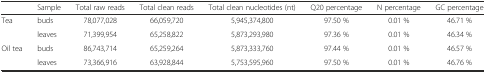
|  | Sample | Total raw reads | Total clean reads | Total clean nucleotides (nt) | Q20 percentage | N percentage | GC percentage |
 | --- | --- | --- | --- | --- | --- | --- | --- |
 | <ROWSPAN=2> Tea | buds | 78,077,028 | 66,059,720 | 5,945,374,800 | 97.50 % | 0.01 % | 46.71 % |
 | leaves | 71,399,954 | 65,258,822 | 5,873,293,980 | 97.36 % | 0.01 % | 46.34 % |
 | <ROWSPAN=2> Oil tea | buds | 86,743,714 | 65,259,264 | 5,873,333,760 | 97.44 % | 0.01 % | 46.57 % |
 | leaves | 73,366,916 | 63,928,844 | 5,753,595,960 | 97.50 % | 0.01 % | 46.76 % |